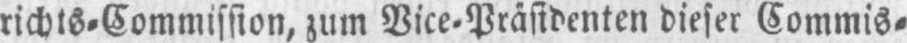
richts⸗Commission, zum Vice⸗Präsidenten dieser Commis⸗